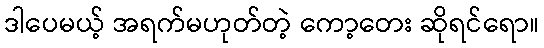
ဒါပေမယ့် အရက်မဟုတ်တဲ့ ကော့တေး ဆိုရင်ရော။